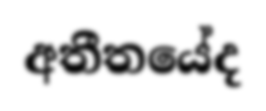
අතීතයේද